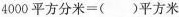
4000平方分米=()平方米